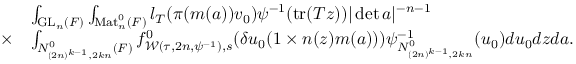
\begin{array} { r l } & { \int _ { \mathrm { G L } _ { n } ( F ) } \int _ { \mathrm { M a t } _ { n } ^ { 0 } ( F ) } l _ { T } ( \pi ( m ( a ) ) v _ { 0 } ) \psi ^ { - 1 } ( \mathrm { t r } ( T z ) ) | \operatorname* { d e t } a | ^ { - n - 1 } } \\ { \times } & { \int _ { N _ { ( 2 n ) ^ { k - 1 } , 2 k n } ^ { 0 } ( F ) } f _ { \mathcal { W } ( \tau , 2 n , \psi ^ { - 1 } ) , s } ^ { 0 } ( \delta u _ { 0 } ( 1 \times n ( z ) m ( a ) ) ) \psi _ { N _ { ( 2 n ) ^ { k - 1 } , 2 k n } ^ { 0 } } ^ { - 1 } ( u _ { 0 } ) d u _ { 0 } d z d a . } \end{array}